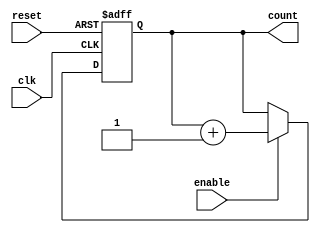
//programe counter 
// Binary counter

module pc (clk,enable,reset,count);
	parameter WIDTH=8;
 
	input clk,enable,reset ;
	output reg [WIDTH-1:0] count ;

	// Reset if needed, or increment if counting is enabled
	always @ (posedge clk or posedge reset)
	begin
		if (reset)
			count <= 0;
		else if (enable)
			count <= count + 8'd1;
	end

endmodule